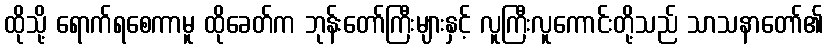
ထိုသို့ ရောက်ရစေကာမူ ထိုခေတ်က ဘုန်းတော်ကြီးများနှင့် လူကြီးလူကောင်းတို့သည် သာသနာတော်၏